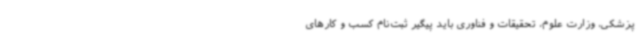
پزشکی، وزارت علوم، تحقیقات و فناوری باید پیگیر ثبت‌نام کسب و کارهای